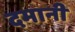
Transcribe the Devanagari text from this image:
दमानी